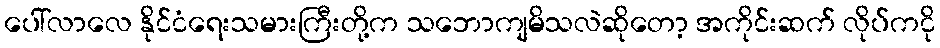
ပေါ်လာလေ နိုင်ငံရေးသမားကြီးတို့က သဘောကျမိသလဲဆိုတော့ အကိုင်းဆက် လိုပ်ကငို